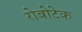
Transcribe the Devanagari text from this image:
रोबोटेक